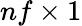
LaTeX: nf\times 1